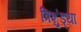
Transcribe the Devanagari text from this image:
त्रिशुंड्या